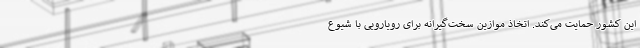
این کشور حمایت می‌کند. اتخاذ موازین سخت‌گیرانه برای رویارویی با شیوع